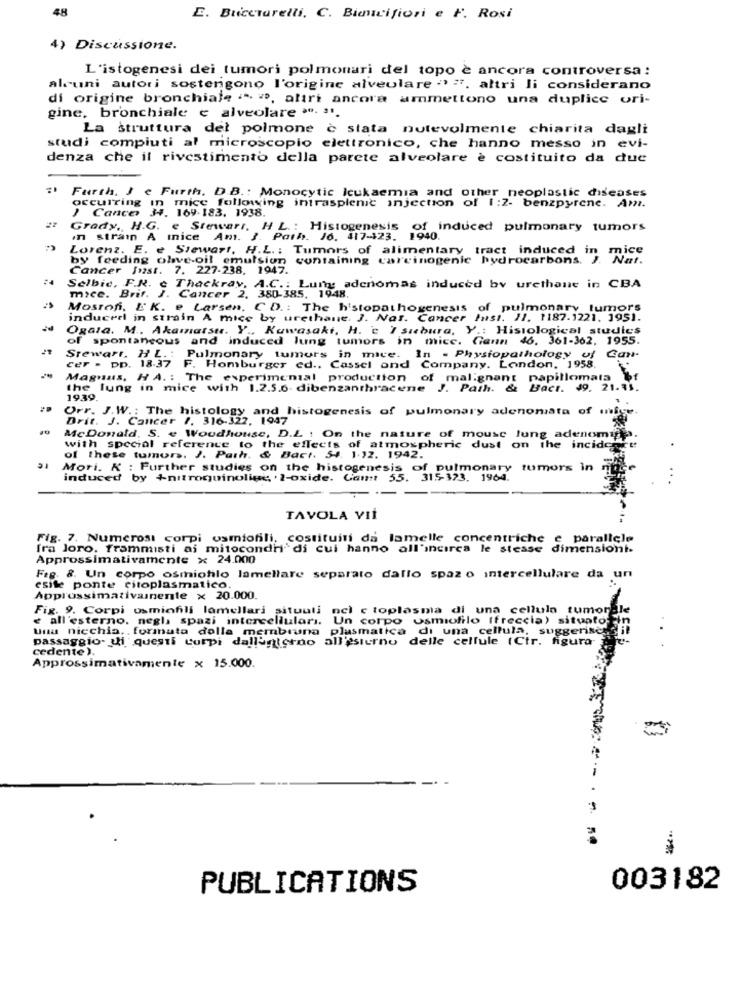
48
E. BriceTarelli. C. Binicifiori e F. Rosi
4) Discussione.
L'istogenesi dei tumori polmonari del topo è ancora controversa:
alcuni autori sostengono l'origine alveolare "> ". altri li considerano
di origine bronchiale ." ", altri ancora ammettono una duplice ori-
gine, bronchiale e alveolare ". ".
La struttura del polmone è stata notevolmente chiarita dagli
studi compiuti al microscopio elettronico, che hanno messo in evi-
denza che il rivestimento della parete alveolare è costituito da due
Furth, Je Furth. D.B .: Monocytic leukaemia and other neoplastic diseases
mice following intrasplenic injection of 1:2- benzpyrene. Am.
) Cancer
DECUITIng + 169.183. 1938.
Grady ,, H.G. e Stewart, H L .: Histogenesis of induced pulmonary tumors
In strain A mnice Am. J. Path. Jo. 417-123. 1940.
Lorenz. E. e Stewart, H.L .: Tumors of alimentary tract induced in mice
by feeding olive oil emulsion containing carcinogenic hydrocarbons. J. Nat.
Cancer Inst. 7. 227-238, 1947.
Selbie, F.R. e Thackray, A.C .: Lum adenomas induced by urethane in CBA
mice. Brit. J. Cancer 2. 380-385. 1948.
Mostof. E'K. e. Larsen, CD .: The histopathogenesis of pulmonary tumors
induced in strain A mice by urethane. J. Nas. Cancer Inst. 11. 1187.1221. 1951.
Ogata. M .. Akamatsu. Y ., Kawasaki, H. c I sıbura, Y .: Histological studies
of spontaneous and induced lung tumors in mice. Giann 46. 361-362, 1955.
Stewart, HL .: Pulmonary tumors in mice. In - Physiopathology of Can-
cer . pp. 18-37 F. Homburger ed ., Cassel ond Company. London, 1958.
Magnus, HA .: The experimental production of malignant papillomata bf
the lung in mice with 1.2.5.6. dibenzanthracene J. Path. & Bact. 49. 21.31.
1939
Orr. J.W .: The histology and histogenesis of pulmonary adenomata of inf
Drit. J. Cancer 1. 316-322, 1947
McDonald, S. e Woodhouse, D.Z . On the nature of mouse lung adenomin
with special reference to the effects of atmospheric dust on the incide
of these tumors. J. Path. & Bact. 54. 1.12. 1942.
Mori. K : Further studies on the histogenesis of pulmonary tumors in
induced by +nitroquinoline . 2-oxide. Cam: 55. 315-323. 1964.
...
TAVOLA VIİ
Fig. 7. Numerosi corpi osmiofili, costituiti da lamelle concentriche e parallele
fra loro. frammisti ai mitocondri di cui hanno all'incirca le stesse dimensiont.
Approssimativamente x 24.000
Fig. 8. Un corpo osmiohlo lamellare separato dallo spaz o intercellulare da un
esite ponte citoplasmatico.
Approssimativamente × 20.000.
Fig. 9. Corpi osminfili lamellari situuli ncl c toplasma di una cellula tumorale
« all'esterno. negli spazi intercelluları.
Un corpo usmiofilo (freccia) situato ein
una nicchia, . formata dolla membrana plasmatica di una cellula, suggeriscosil
passaggio. di questi Corpi dallanterno all'esterno delle cellule (Ctr. figura-
cedente ).
Approssimativamente x 15.000.
PUBLICATIONS
003182